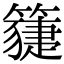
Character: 𥵯